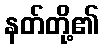
နတ်တို့၏